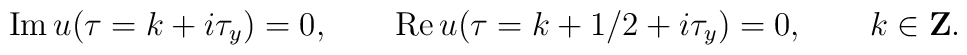
{\rm Im}\,u(\tau=k+i\tau_y)=0, \qquad{\rm Re}\, u(\tau=k+1/2+i\tau_y)=0,\qquad k\in {\bf Z}.